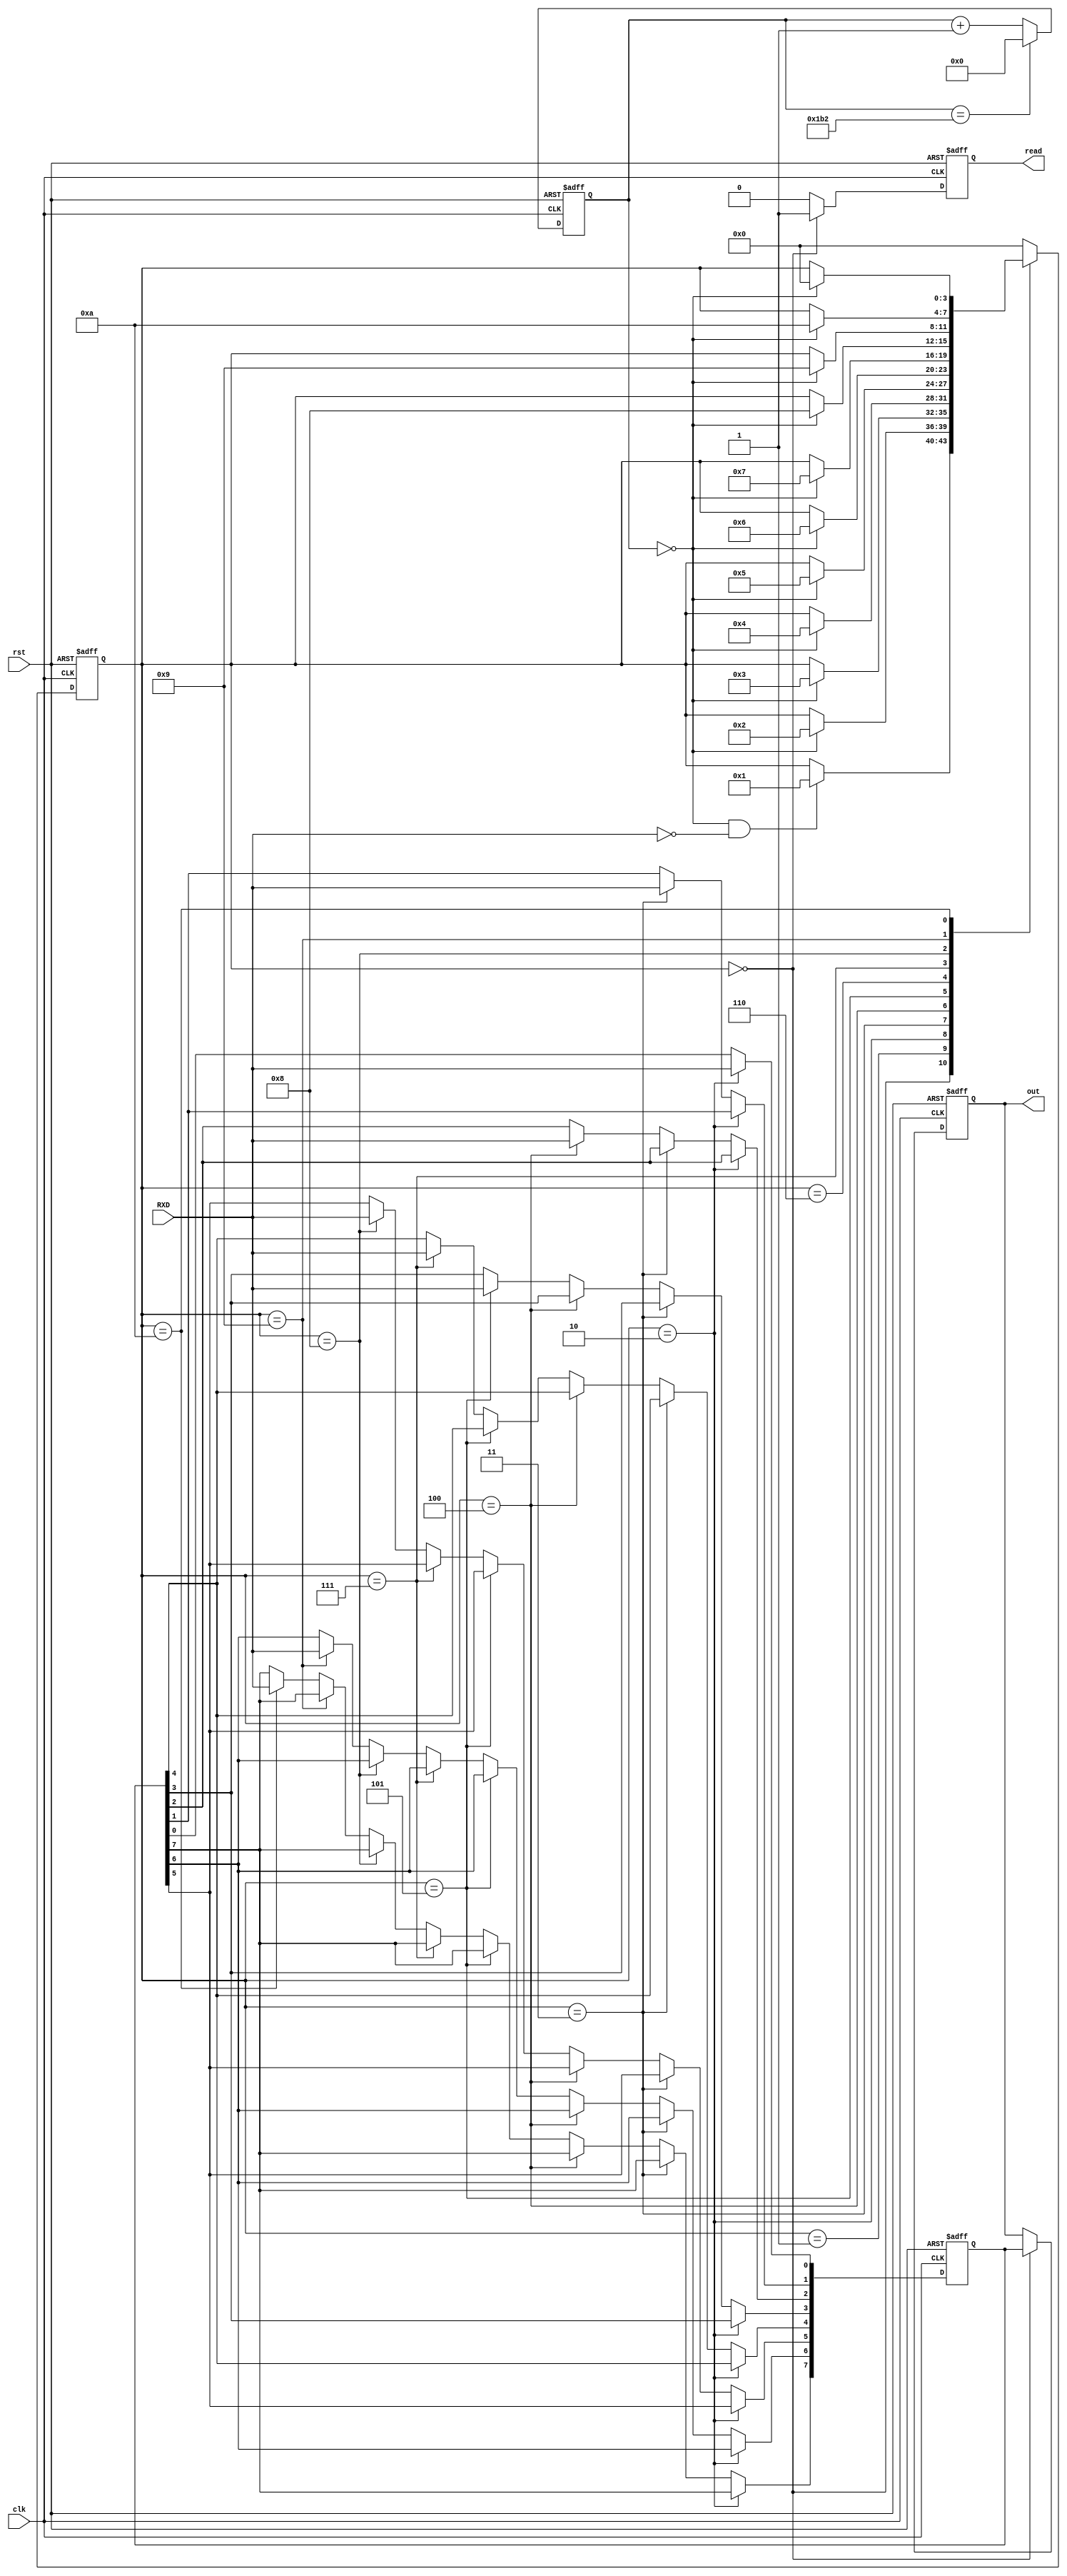
`timescale 1ns / 1ps
//////////////////////////////////////////////////////////////////////////////////
// Company: 
// Engineer: 
// 
// Design Name: 
// Module Name:    UART_RECEIVER 
// Project Name: 
// Target Devices: 
// Tool versions: 
// Description: 
//
// Dependencies: 
//
// Revision: 
// Revision 0.01 - File Created
// Additional Comments: 
//
//////////////////////////////////////////////////////////////////////////////////
module UART_RECEIVER(
    input clk,
    input rst,
    input RXD,
    output reg [7:0] out,
	 output reg read
    );

    reg [14:0] clockdiv;
		reg [7:0] dataToSend;
	 wire serclock = (clockdiv == 0);
	always @(posedge clk,posedge rst) 
		begin
			if(rst)
				clockdiv<=0;
			else if (clockdiv == 434) //9600 baud - 5207
			//434
				clockdiv <= 0;
			else
				clockdiv <= clockdiv + 1;
		end

	reg [3:0] state;

	always @(posedge clk,posedge rst)
		if(rst)
			state<=4'b0000;
		else begin
		begin
			case (state)
				4'b0000: if (serclock && (~RXD)) state <= 4'b0001;
				4'b0001: if (serclock) state <= 4'b0010;    
				4'b0010: if (serclock) state <= 4'b0011;    
				4'b0011: if (serclock) state <= 4'b0100;    
				4'b0100: if (serclock) state <= 4'b0101;    
				4'b0101: if (serclock) state <= 4'b0110;    
				4'b0110: if (serclock) state <= 4'b0111;    
				4'b0111: if (serclock) state <= 4'b1000;    
				4'b1000: if (serclock) state <= 4'b1001;    
				4'b1001: if (serclock) state <= 4'b1010;   
				4'b1010: if (serclock) state <= 4'b0000;    
				default: state <= 4'b0000;			
			endcase 
		end
	end


	reg outbit;

	always @(posedge clk,posedge rst)
	begin
		if(rst)
			dataToSend <= 0;
		else if(state==4'b0010) dataToSend[0] <= RXD;    
		else if(state==4'b0011) dataToSend[1] <= RXD;    
		else if(state==4'b0100) dataToSend[2] <= RXD;    
		else if(state==4'b0101) dataToSend[3] <= RXD;    
		else if(state==4'b0111) dataToSend[4] <= RXD;    
		else if(state==4'b1000) dataToSend[5] <= RXD;    
		else if(state==4'b1001) dataToSend[6] <= RXD;    
		else if(state==4'b1010) dataToSend[7] <= RXD; 
	end
	
	always @(posedge clk,posedge rst)
	begin
		if(rst) begin
			read<=1;
			out<=0;
			end
		else if(state==4'b0000) begin
			out<=dataToSend;
			read<=1;
		end
		else
			read<=0;
	end


	assign TXD=outbit;
endmodule